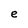
Character: e